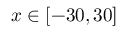
x \in [ - 3 0 , 3 0 ]